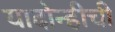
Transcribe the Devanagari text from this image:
यादोन्हीची